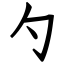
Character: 勺